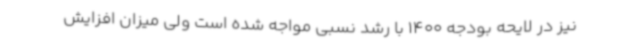
نیز در لایحه بودجه 1400 با رشد نسبی مواجه شده است ولی میزان افزایش